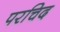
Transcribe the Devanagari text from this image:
परचिद